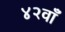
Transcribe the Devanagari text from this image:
४२वाँ